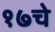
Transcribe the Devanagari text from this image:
१७चे